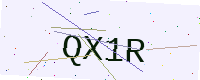
Text: QX1R